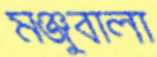
মঞ্জুবালা